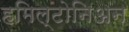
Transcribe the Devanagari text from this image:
हमिल्टोनिअन